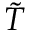
\tilde { T }